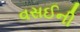
વસઈની